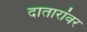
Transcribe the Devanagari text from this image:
दातारांवर